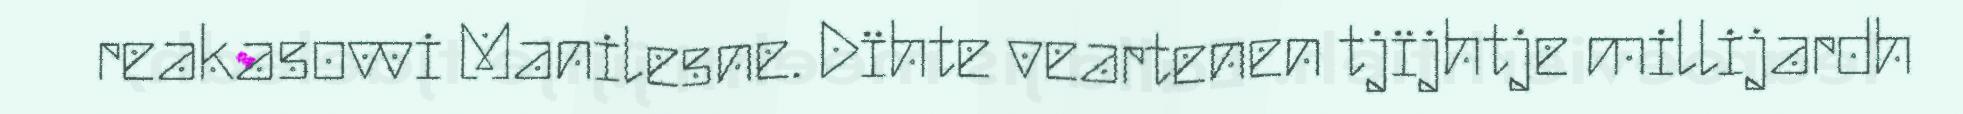
reakasovvi Manilesne. Dïhte veartenen tjïjhtje millijardh